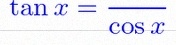
\tan x=\frac{\sin x}{\cos x}